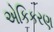
એકિકરણ